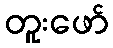
တူးဖော်